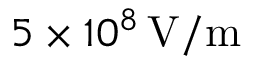
5 \times 1 0 ^ { 8 } \, \mathrm { V / m }